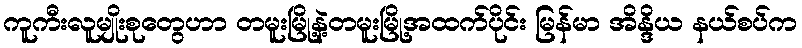
ကူကီးလူမျိုးစုတွေဟာ တမူးမြို့နဲ့တမူးမြို့အထက်ပိုင်း မြန်မာ အိန္ဒိယ နယ်စပ်က